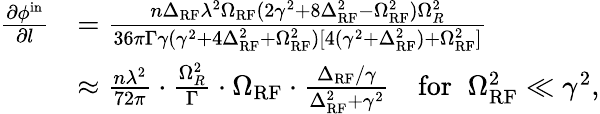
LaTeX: \begin{array}{rl}{\frac{\partial\phi^{\mathrm{in}}}{\partial l}}&{=\frac{n\Delta_{\mathrm{RF}}\lambda^{2}\Omega_{\mathrm{RF}}(2\gamma^{2}+8\Delta_{\mathrm{RF}}^{2}-\Omega_{\mathrm{RF}}^{2})\Omega_{R}^{2}}{36\pi\Gamma\gamma(\gamma^{2}+4\Delta_{\mathrm{RF}}^{2}+\Omega_{\mathrm{RF}}^{2})[4(\gamma^{2}+\Delta_{\mathrm{RF}}^{2})+\Omega_{\mathrm{RF}}^{2}]}}\\ &{\approx\frac{n\lambda^{2}}{72\pi}\cdot\frac{\Omega_{R}^{2}}{\Gamma}\cdot\Omega_{\mathrm{RF}}\cdot\frac{\Delta_{\mathrm{RF}}/\gamma}{\Delta_{\mathrm{RF}}^{2}+\gamma^{2}}\quad\mathrm{for}\; \; \Omega_{\mathrm{RF}}^{2}\ll\gamma^{2},}\end{array}